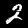
Digit: 2